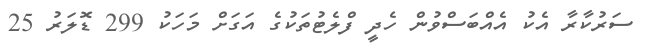
ސަރުކާރާ އެކު އެއްބަސްވުން ހެދީ ފްލެޓުތަކުގެ އަގަށް މަހަކު 299 ޑޮލަރު 25